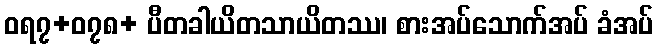
ဝရ၇+၀၇၈+ ပီတခါယိတသာယိတဿ၊ စားအပ်သောက်အပ် ခံအပ်